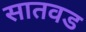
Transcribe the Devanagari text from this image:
सातवड